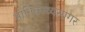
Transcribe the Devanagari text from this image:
मानिकाव्यसागर